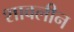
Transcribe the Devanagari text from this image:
शावलीन